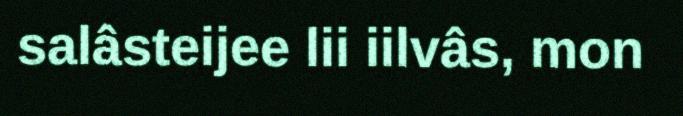
salâsteijee lii iilvâs, mon